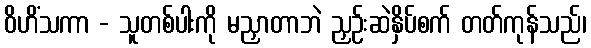
ဝိဟိံသကာ - သူတစ်ပါးကို မညှာတာဘဲ ညှဉ်းဆဲနှိပ်စက် တတ်ကုန်သည်၊